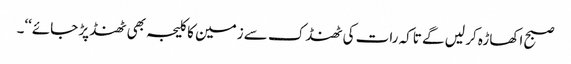
صبح اکھاڑہ کر لیں گے تاکہ رات کی ٹھنڈک سے زمین کا کلیجہ بھی ٹھنڈ پڑ جائے‘‘۔